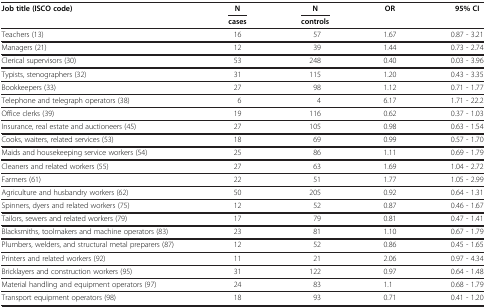
<table><thead><tr><td><b>Job title (ISCO code)</b></td><td><b>N</b></td><td><b>N</b></td><td><b>OR</b></td><td><b>95% CI</b></td></tr><tr><td><b> </b></td><td><b>cases</b></td><td><b>controls</b></td><td><b> </b></td><td><b> </b></td></tr></thead><tbody><tr><td>Teachers (13)</td><td>16</td><td>57</td><td>1.67</td><td>0.87 - 3.21</td></tr><tr><td>Managers (21)</td><td>12</td><td>39</td><td>1.44</td><td>0.73 - 2.74</td></tr><tr><td>Clerical supervisors (30)</td><td>53</td><td>248</td><td>0.40</td><td>0.03 - 3.96</td></tr><tr><td>Typists, stenographers (32)</td><td>31</td><td>115</td><td>1.20</td><td>0.43 - 3.35</td></tr><tr><td>Bookkeepers (33)</td><td>27</td><td>98</td><td>1.12</td><td>0.71 - 1.77</td></tr><tr><td>Telephone and telegraph operators (38)</td><td>6</td><td>4</td><td>6.17</td><td>1.71 - 22.2</td></tr><tr><td>Office clerks (39)</td><td>19</td><td>116</td><td>0.62</td><td>0.37 - 1.03</td></tr><tr><td>Insurance, real estate and auctioneers (45)</td><td>27</td><td>105</td><td>0.98</td><td>0.63 - 1.54</td></tr><tr><td>Cooks, waiters, related services (53)</td><td>18</td><td>69</td><td>0.99</td><td>0.57 - 1.70</td></tr><tr><td>Maids and housekeeping service workers (54)</td><td>25</td><td>86</td><td>1.11</td><td>0.69 - 1.79</td></tr><tr><td>Cleaners and related workers (55)</td><td>27</td><td>63</td><td>1.69</td><td>1.04 - 2.72</td></tr><tr><td>Farmers (61)</td><td>22</td><td>51</td><td>1.77</td><td>1.05 - 2.99</td></tr><tr><td>Agriculture and husbandry workers (62)</td><td>50</td><td>205</td><td>0.92</td><td>0.64 - 1.31</td></tr><tr><td>Spinners, dyers and related workers (75)</td><td>12</td><td>52</td><td>0.87</td><td>0.46 - 1.67</td></tr><tr><td>Tailors, sewers and related workers (79)</td><td>17</td><td>79</td><td>0.81</td><td>0.47 - 1.41</td></tr><tr><td>Blacksmiths, toolmakers and machine operators (83)</td><td>23</td><td>81</td><td>1.10</td><td>0.67 - 1.79</td></tr><tr><td>Plumbers, welders, and structural metal preparers (87)</td><td>12</td><td>52</td><td>0.86</td><td>0.45 - 1.65</td></tr><tr><td>Printers and related workers (92)</td><td>11</td><td>21</td><td>2.06</td><td>0.97 - 4.34</td></tr><tr><td>Bricklayers and construction workers (95)</td><td>31</td><td>122</td><td>0.97</td><td>0.64 - 1.48</td></tr><tr><td>Material handling and equipment operators (97)</td><td>24</td><td>83</td><td>1.1</td><td>0.68 - 1.79</td></tr><tr><td>Transport equipment operators (98)</td><td>18</td><td>93</td><td>0.71</td><td>0.41 - 1.20</td></tr></tbody></table>